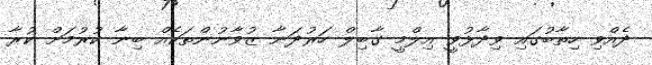
ދެއްވި ހިތާބުގައި ވިދާޅުވީ އިލްމީ ގާބިލް ހަރުދަނާ ޒުވާނުންތަކެއް ބިނާ ކުރުމަށް ކުރާ